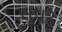
લૂપર